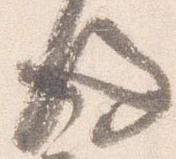
後